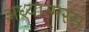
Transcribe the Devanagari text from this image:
अध्यात्मरस